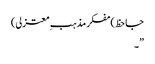
جاحظ)مفکر مذہب ِمعتزلی)
”۔